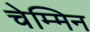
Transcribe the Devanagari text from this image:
चेम्मिन